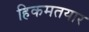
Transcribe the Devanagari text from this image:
हिकमतयार